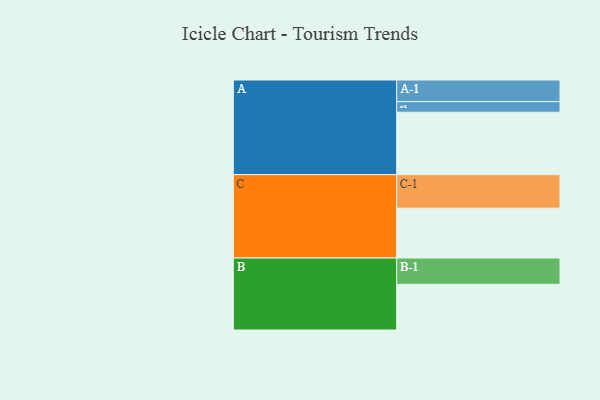
{"axis": {"x": "Segment", "y": "Value"}, "legend": ["", "A", "B", "C"], "data": [{"x": "A", "y": 537, "type": ""}, {"x": "B", "y": 393, "type": ""}, {"x": "C", "y": 429, "type": ""}, {"x": "A-1", "y": 186, "type": "A"}, {"x": "A-2", "y": 91, "type": "A"}, {"x": "B-1", "y": 226, "type": "B"}, {"x": "C-1", "y": 288, "type": "C"}]}